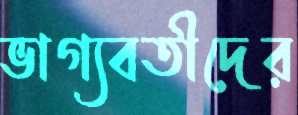
ভাগ্যবতীদের